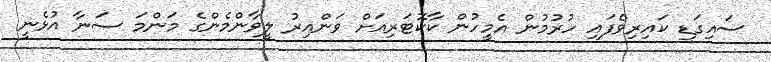
ސައިގަޑި ކައިރިވެފައި ހުރުމުން އެމީހުން ކާކޮޓަރިއަށް ވަންއިރު ލީވާންމެންގެ މަންމަ ސަނާ އުޅެނީ